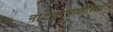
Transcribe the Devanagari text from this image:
नाटकासाठीच्या